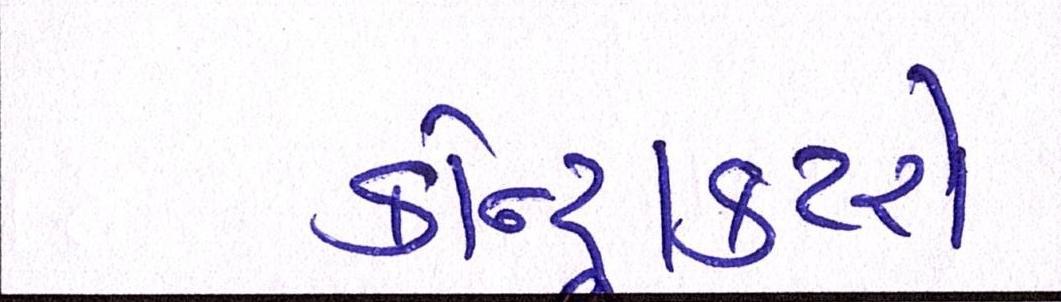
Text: કોન્ટ્રાક્ટરો